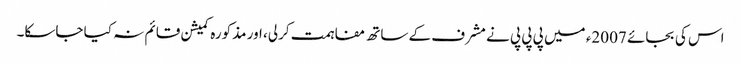
اس کی بجائے 2007ء میں پی پی پی نے مشرف کے ساتھ مفاہمت کرلی، اور مذکورہ کمیشن قائم نہ کیا جاسکا۔